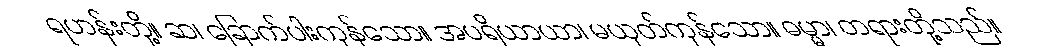
ရဟန်းတို့။ ဆ၊ ခြောက်ပါးကုန်သော။ အပရိယာယာ၊ မယုတ်ကုန်သော။ ဓမ္မာ၊ တရားတို့သည်။